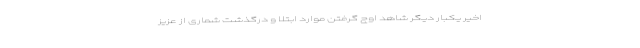
اخیر یکبار دیگر شاهد اوج گرفتن موارد ابتلا و درگذشت شماری از عزیز